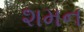
શમન